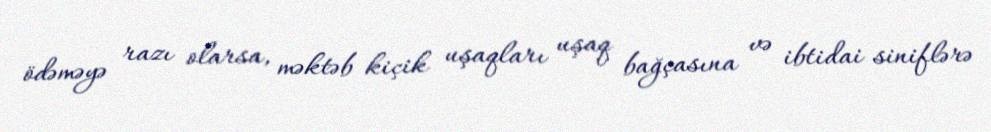
ödəməyə razı olarsa, məktəb kiçik uşaqları uşaq bağçasına və ibtidai siniflərə